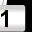
Digit: 1